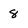
Character: 8